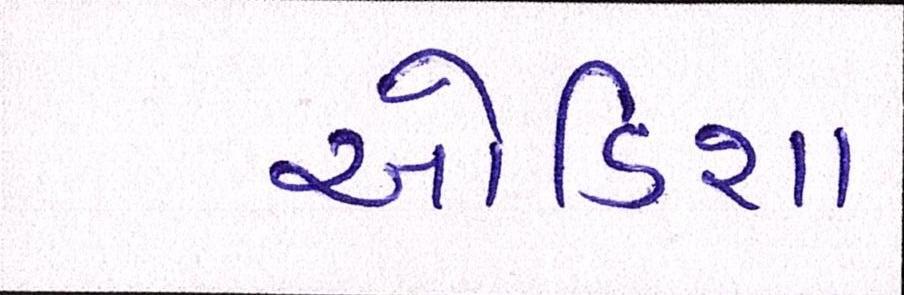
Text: ઓડિશા